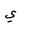
Letter: _ya